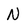
Character: N